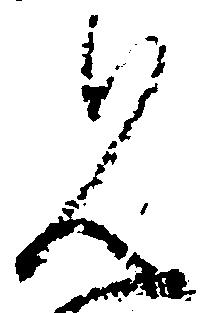
見